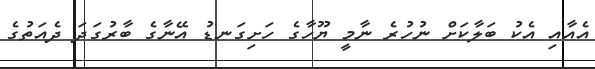
އެއާއި އެކު ބަލާކަށް ނުހުރެ ނާމީ ޔޫހާގެ ހަށިގަނޑު އޭނާގެ ބާރުގަދަ ދެއަތުގެ